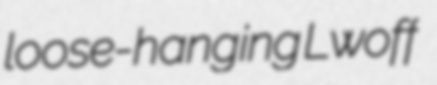
loose-hanging Lwoff